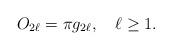
LaTeX: \begin{align*}O_{2\ell} = \pi g_{2\ell}, \quad \ell\ge 1.\end{align*}